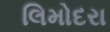
લિમોદરા